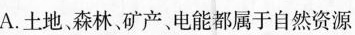
A.土地、森林。矿产、电能都属于自然资源